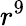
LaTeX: r^{9}